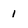
Character: 1